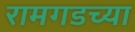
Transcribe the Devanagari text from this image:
रामगडच्या